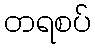
တရစပ်